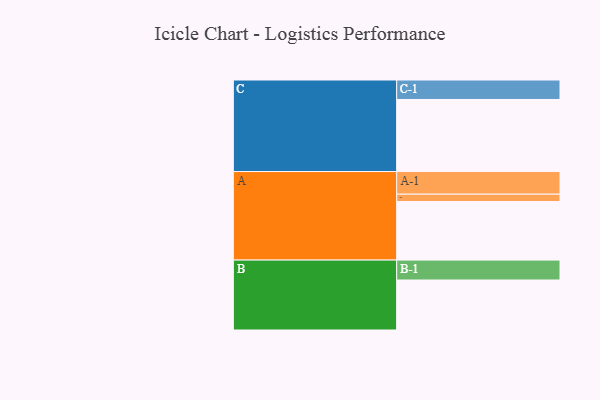
{"axis": {"x": "Segment", "y": "Value"}, "legend": ["", "A", "B", "C"], "data": [{"x": "A", "y": 409, "type": ""}, {"x": "B", "y": 349, "type": ""}, {"x": "C", "y": 503, "type": ""}, {"x": "A-1", "y": 158, "type": "A"}, {"x": "A-2", "y": 51, "type": "A"}, {"x": "B-1", "y": 139, "type": "B"}, {"x": "C-1", "y": 136, "type": "C"}]}